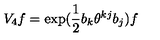
V _ { 4 } f = \exp ( \frac { 1 } { 2 } b _ { k } \theta ^ { k j } b _ { j } ) f